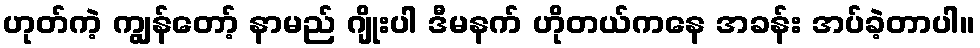
ဟုတ်ကဲ့ ကျွန်တော့် နာမည် ဂျိုးပါ ဒီမနက် ဟိုတယ်ကနေ အခန်း အပ်ခဲ့တာပါ။